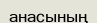
анасының